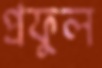
প্রফুল